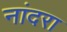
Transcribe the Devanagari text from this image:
नांदरा